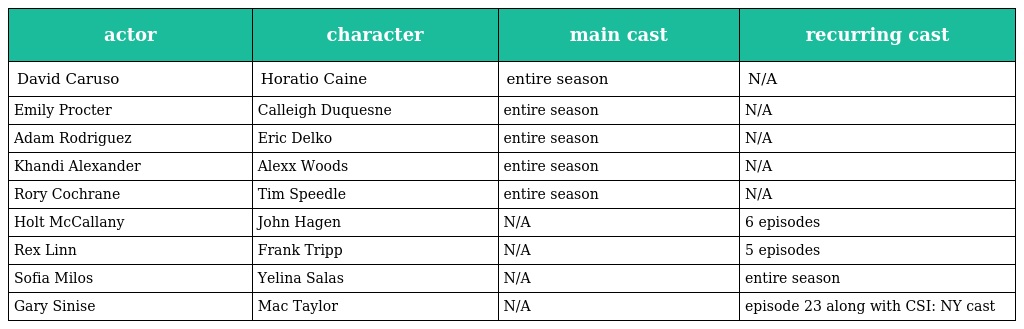
| actor | character | main cast | recurring cast |
 | --- | --- | --- | --- |
 | David Caruso | Horatio Caine | entire season | N/A |
 | Emily Procter | Calleigh Duquesne | entire season | N/A |
 | Adam Rodriguez | Eric Delko | entire season | N/A |
 | Khandi Alexander | Alexx Woods | entire season | N/A |
 | Rory Cochrane | Tim Speedle | entire season | N/A |
 | Holt McCallany | John Hagen | N/A | 6 episodes |
 | Rex Linn | Frank Tripp | N/A | 5 episodes |
 | Sofia Milos | Yelina Salas | N/A | entire season |
 | Gary Sinise | Mac Taylor | N/A | episode 23 along with CSI: NY cast |